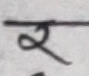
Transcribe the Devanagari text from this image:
र